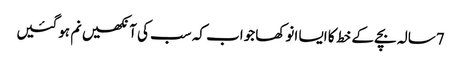
7سالہ بچے کے خط کا ایسا انوکھا جواب کہ سب کی آنکھیں نم ہوگئیں